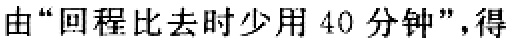
由“回程比去时少用 40 分钟”，得